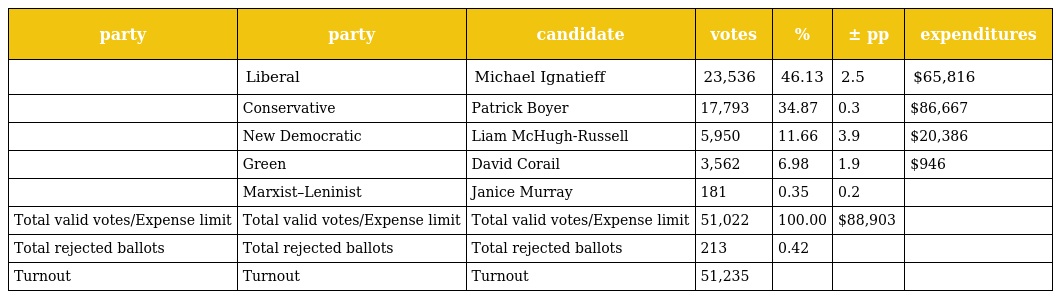
| party | party | candidate | votes | % | ± pp | expenditures |
 | --- | --- | --- | --- | --- | --- | --- |
 |  | Liberal | Michael Ignatieff | 23,536 | 46.13 | 2.5 | $65,816 |
 |  | Conservative | Patrick Boyer | 17,793 | 34.87 | 0.3 | $86,667 |
 |  | New Democratic | Liam McHugh-Russell | 5,950 | 11.66 | 3.9 | $20,386 |
 |  | Green | David Corail | 3,562 | 6.98 | 1.9 | $946 |
 |  | Marxist–Leninist | Janice Murray | 181 | 0.35 | 0.2 |  |
 | Total valid votes/Expense limit | Total valid votes/Expense limit | Total valid votes/Expense limit | 51,022 | 100.00 | $88,903 |  |
 | Total rejected ballots | Total rejected ballots | Total rejected ballots | 213 | 0.42 |  |  |
 | Turnout | Turnout | Turnout | 51,235 |  |  |  |